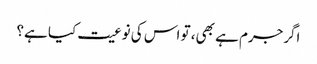
اگرجرم ہے بھی، تو اس کی نوعیت کیا ہے؟